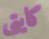
كايتي